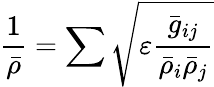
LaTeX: \frac{1}{\bar{\rho}}=\sum\sqrt{\varepsilon\frac{\bar{g}_{ij}}{\bar{\rho}_{i}\bar{\rho}_{j}}}